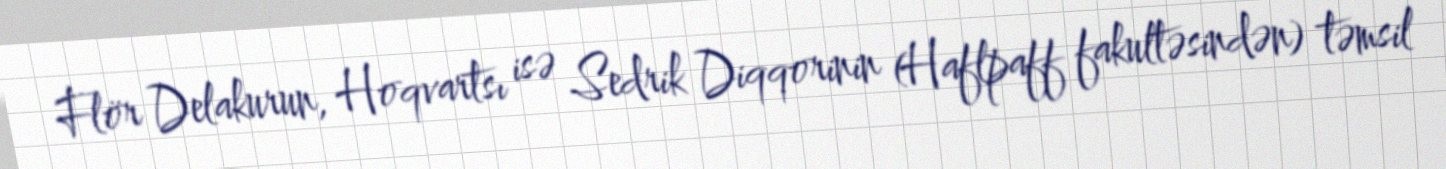
Flör Delakurun, Hoqvartsı isə Sedrik Diqqorinin (Haflpaff fakultəsindən) təmsil